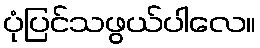
ပုံပြင်သဖွယ်ပါလေ။